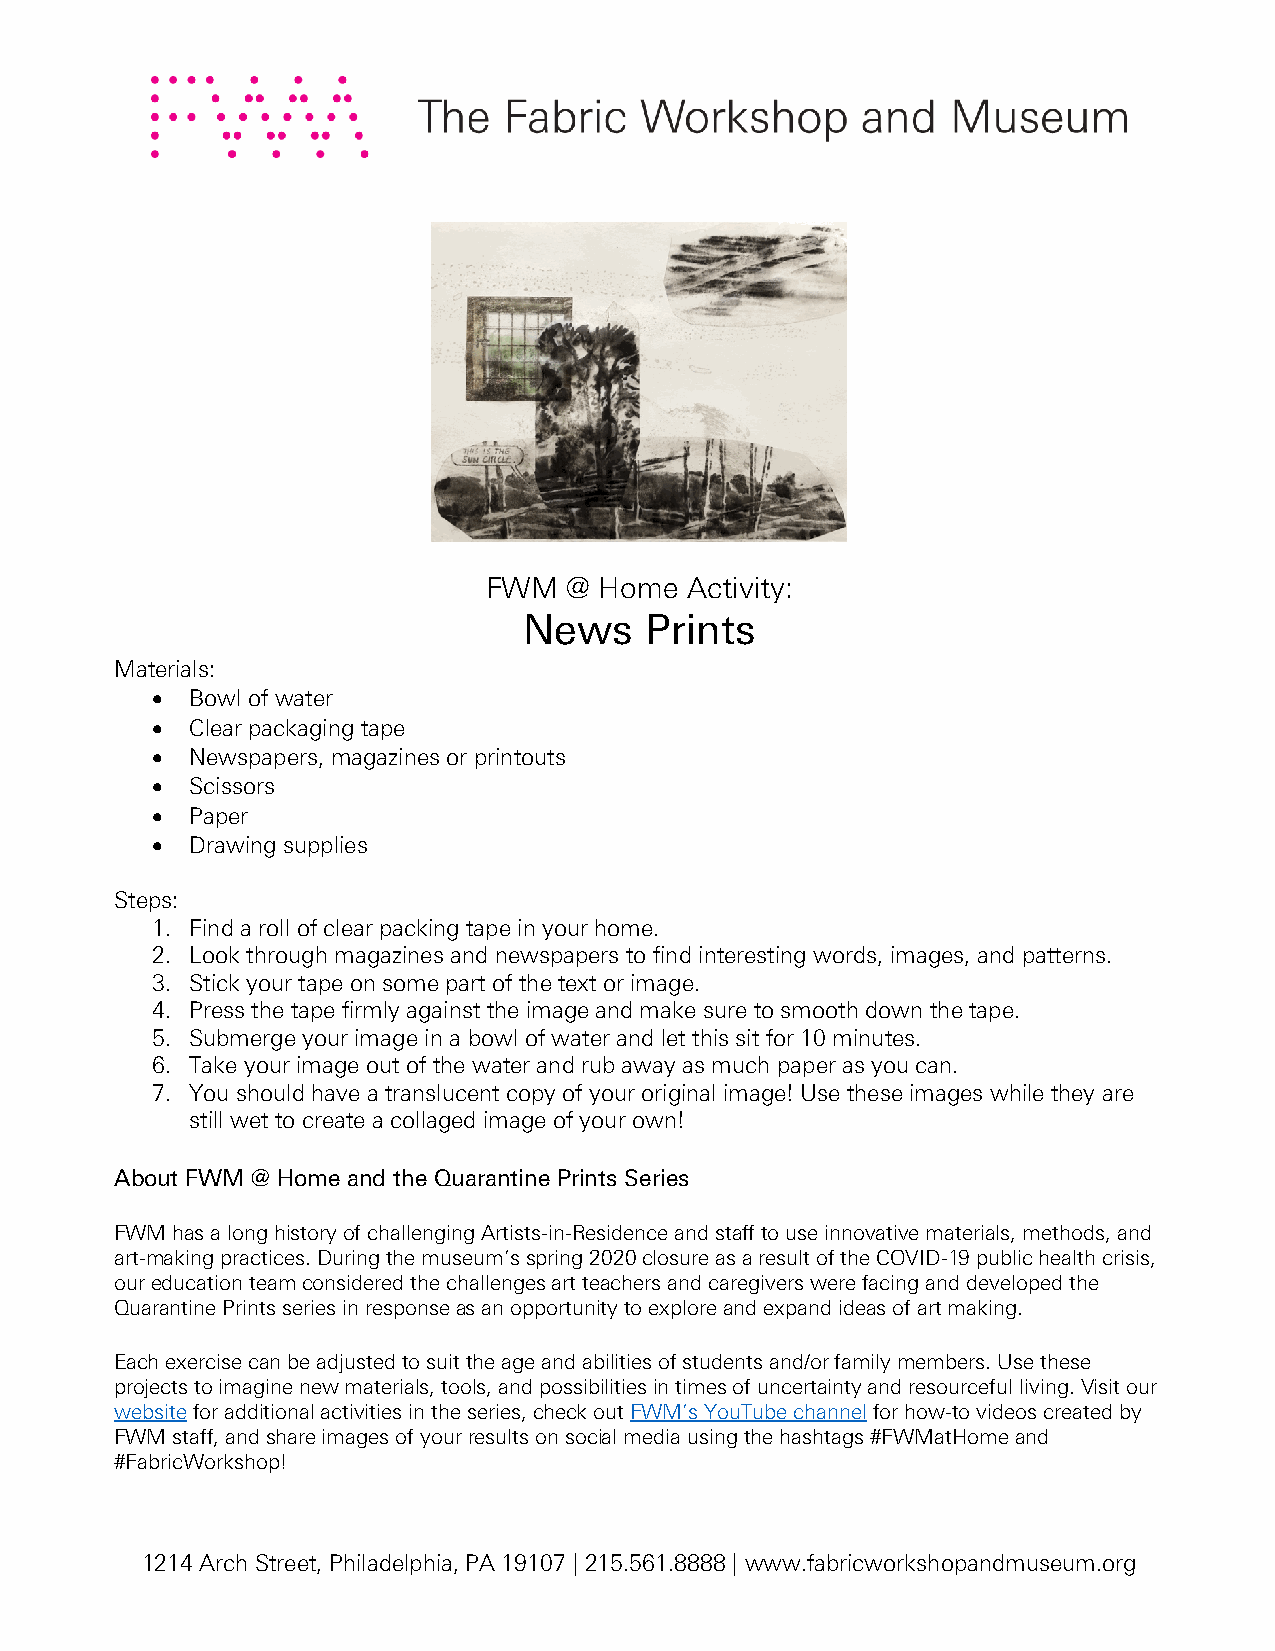
FWM   @ Home Activity:
 News    Prints
 Materials:
 •  Bowl of water
 •  Clear packaging tape
 •  Newspapers, magazines or printouts
 •  Scissors
 •  Paper
 •  Drawing supplies
 Steps:
 1. Find a roll of clear packing tape in your home.
 2. Look through magazines and newspapers to find interesting words, images, and patterns.
 3. Stick your tape on some part of the text or image.
 4. Press the tape firmly against the image and make sure to smooth down the tape.
 5. Submerge your image in a bowl of water and let this sit for 10 minutes.
 6. Take your image out of the water and rub away as much paper as you can.
 7. You should have a translucent copy of your original image! Use these images while they are
 still wet to create a collaged image of your own!
 About FWM @ Home and the Quarantine Prints Series
 FWM has a long history of challenging Artists-in-Residence and staff to use innovative materials, methods, and
 art-making practices. During the museum’s spring 2020 closure as a result of the COVID-19 public health crisis,
 our education team considered the challenges art teachers and caregivers were facing and developed the
 Quarantine Prints series in response as an opportunity to explore and expand ideas of art making.
 Each exercise can be adjusted to suit the age and abilities of students and/or family members. Use these
 projects to imagine new materials, tools, and possibilities in times of uncertainty and resourceful living. Visit our
 website for additional activities in the series, check out FWM’s YouTube channel for how-to videos created by
 FWM staff, and share images of your results on social media using the hashtags #FWMatHome and
 #FabricWorkshop!
 1214 Arch Street, Philadelphia, PA 19107 | 215.561.8888 | www.fabricworkshopandmuseum.org